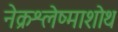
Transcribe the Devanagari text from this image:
नेक्रश्लेष्माशोथ